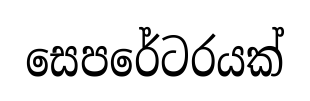
සෙපරේටරයක්